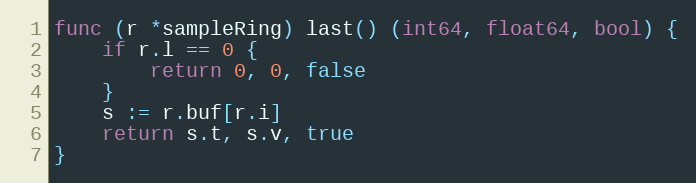
Language: Go
func (r *sampleRing) last() (int64, float64, bool) {
	if r.l == 0 {
		return 0, 0, false
	}
	s := r.buf[r.i]
	return s.t, s.v, true
}